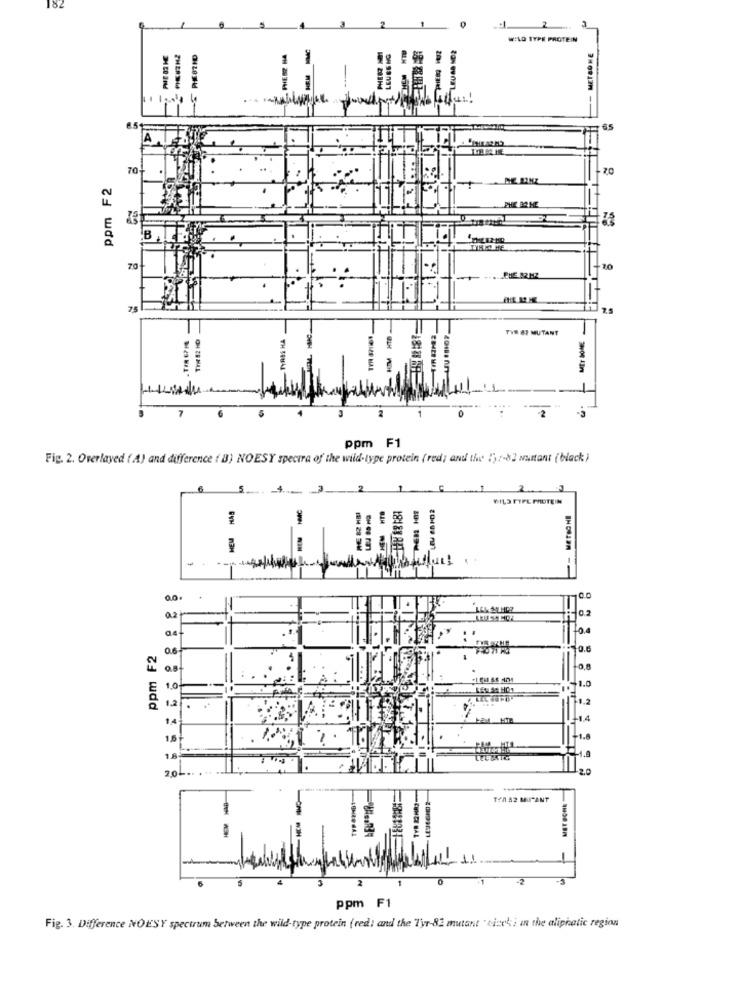
182
WILD TYPE PROTEIN
-S PHE82HD
PHESE HA
PHESZ M
LEUSS NG
METSOME
65
70
70
ppm F2
THE BR HE
B
70
CHE 12M2
75
-
The 82 HO
TyRAS HA
KIM HTB
TVR 4) MUTANT
MET SOME
0
ppm F1
Fig. 2. Overlayed ( A) and difference ( B) NOESY spectra of the wild-type protein (red; and the 1) :- 82 suitant (black )
5.
4.
WIL3 FIFE PROTEIN
RE 82 HBI
METBONI
HEM
Q4
ppm F2
06
0.5
1.0
14
1.5
1.8
2,04
TVP 82HB1
MET BONE
TYM 42 MUTANT
HIM
HEM
ppm F1
Fig. 3. Difference NOESY spectrum between the wild-type protein (red; and the Tyr-82 mutant " tizek; in the aliphatic region